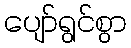
ပျော်ရွင်စွာ